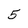
Character: 5